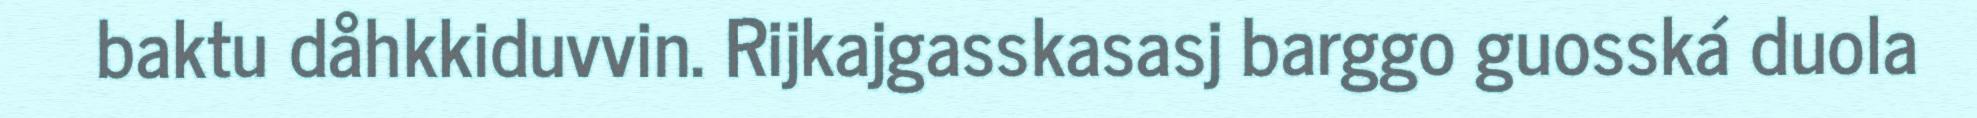
baktu dåhkkiduvvin. Rijkajgasskasasj barggo guosská duola